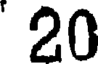
20